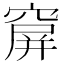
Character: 𥧋